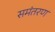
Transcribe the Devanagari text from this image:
समंतरण